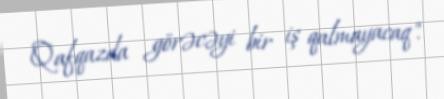
Qafqazda görəcəyi bir iş qalmayacaq".